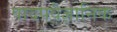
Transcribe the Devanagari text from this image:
पादपवैज्ञानिक